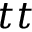
t t